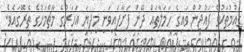
ގައުމުތަކުގެ ފައުޖުން ވައިގެ ހަމަލާތައް ދޭން ފަށާފައިވަނީ މިދިޔަ އަހަރުގެ މާޗްމަހުގެ ތެރޭގައެވެ.